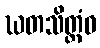
ဃတသိတ္တံဝ